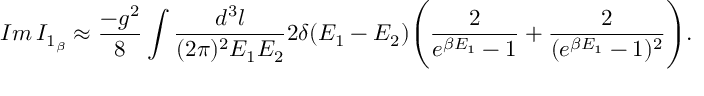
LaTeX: I m \, I _ { 1 _ { \beta } } \approx \frac { - g ^ { 2 } } { 8 } \int \frac { d ^ { 3 } l } { ( 2 \pi ) ^ { 2 } E _ { 1 } E _ { 2 } } 2 \delta ( E _ { 1 } - E _ { 2 } ) \Bigg ( \frac { 2 } { e ^ { \beta E _ { 1 } } - 1 } + \frac { 2 } { ( e ^ { \beta E _ { 1 } } - 1 ) ^ { 2 } } \Bigg ) .